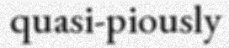
quasi-piously